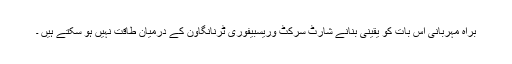
براہ مہربانی اس بات کو یقینی بنانے شارٹ سرکٹ وریسبیفوری ٹرنانگاون کے درمیان طاقت نہیں ہو سکتے ہیں ۔